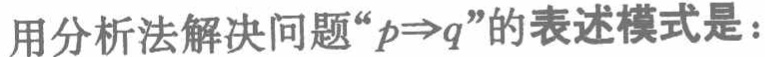
用分析法解决问题“\(p\Rightarrow q\)”的表述模式是：